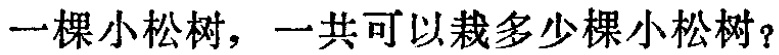
一棵小松树，一共可以栽多少棵小松树？